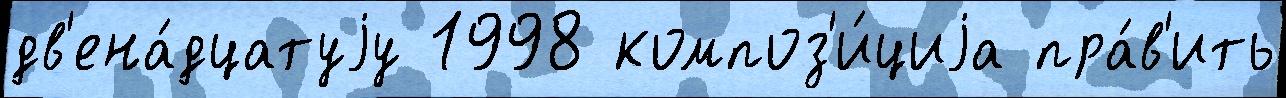
дв'ена́дцатуjу 1998 композ'и́циjа пра́в'ить